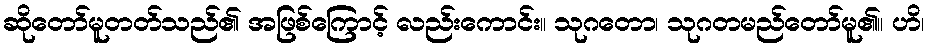
ဆိုတော်မူတတ်သည်၏ အဖြစ်ကြောင့် လည်းကောင်း။ သုဂတော၊ သုဂတမည်တော်မူ၏။ ဟိ၊